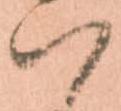
ハ